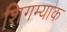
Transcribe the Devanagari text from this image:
शिगम्याक